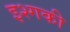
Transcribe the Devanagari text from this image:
इश्गकी